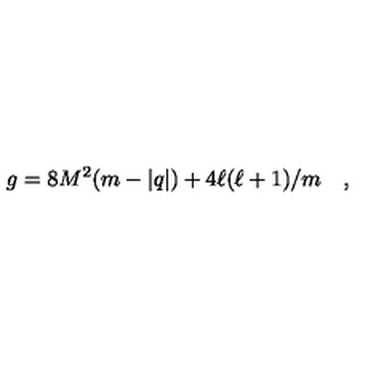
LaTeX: g = 8 M ^ { 2 } ( m - | q | ) + 4 \ell ( \ell + 1 ) / m \quad ,